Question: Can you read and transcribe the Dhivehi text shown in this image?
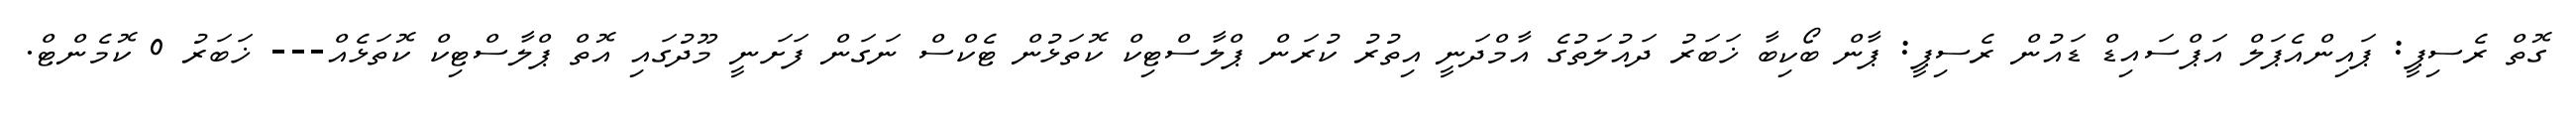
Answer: ގޮތް ރެސިޕީ: ޕައިންއެޕަލް އަޕްސައިޑް ޑައުން ރެސިޕީ: ޕާން ބޯކިބާ ޚަބަރު ދައުލަތުގެ އާމްދަނީ އިތުރު ކުރަން ޕްލާސްޓިކް ކޮތަޅުން ޓެކްސް ނަގަން ފަށަނީ މޫދުގައި އޮތް ޕްލާސްޓިކް ކޮތަޅެއް--- ޚަބަރު 0 ކޮމެންޓް.